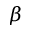
\beta